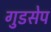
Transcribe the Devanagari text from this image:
गुडसेप